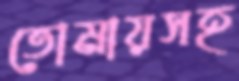
তোমায়সহ